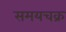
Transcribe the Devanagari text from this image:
समयचक्र